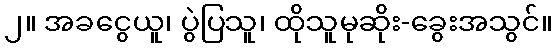
၂။ အခငွေယူ၊ ပွဲပြသူ၊ ထိုသူမုဆိုး-ခွေးအသွင်။